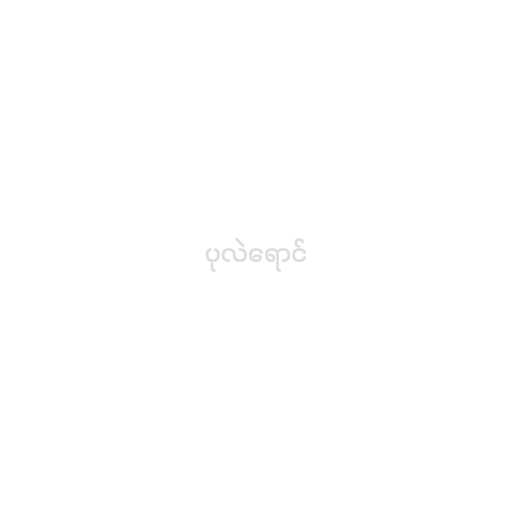
ပုလဲရောင်